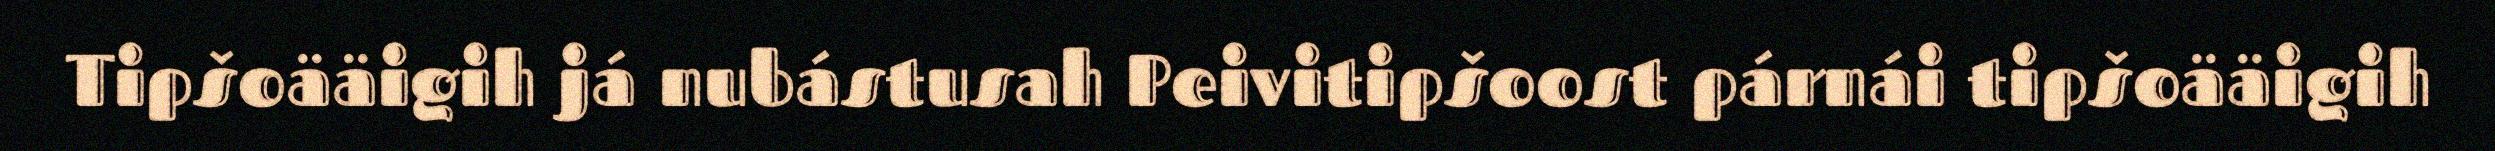
Tipšoääigih já nubástusah Peivitipšoost párnái tipšoääigih